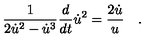
\frac { 1 } { 2 \dot { u } ^ { 2 } - \dot { u } ^ { 3 } } \frac { d } { d t } \dot { u } ^ { 2 } = \frac { 2 \dot { u } } { u } \quad .